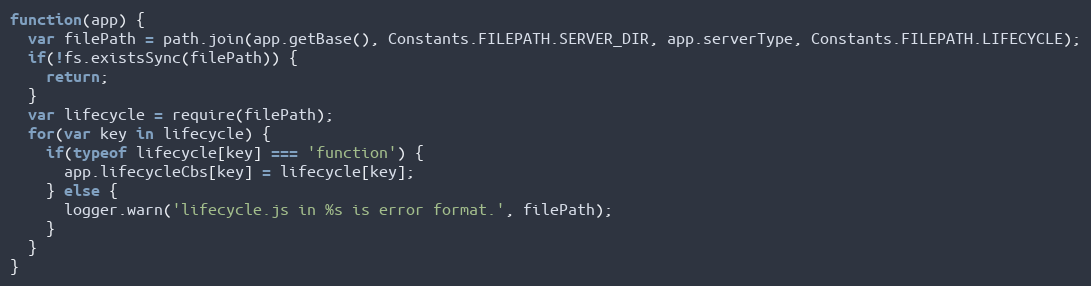
Language: JavaScript
function(app) {
  var filePath = path.join(app.getBase(), Constants.FILEPATH.SERVER_DIR, app.serverType, Constants.FILEPATH.LIFECYCLE);
  if(!fs.existsSync(filePath)) {
    return;
  }
  var lifecycle = require(filePath);
  for(var key in lifecycle) {
    if(typeof lifecycle[key] === 'function') {
      app.lifecycleCbs[key] = lifecycle[key];
    } else {
      logger.warn('lifecycle.js in %s is error format.', filePath);
    }
  }
}